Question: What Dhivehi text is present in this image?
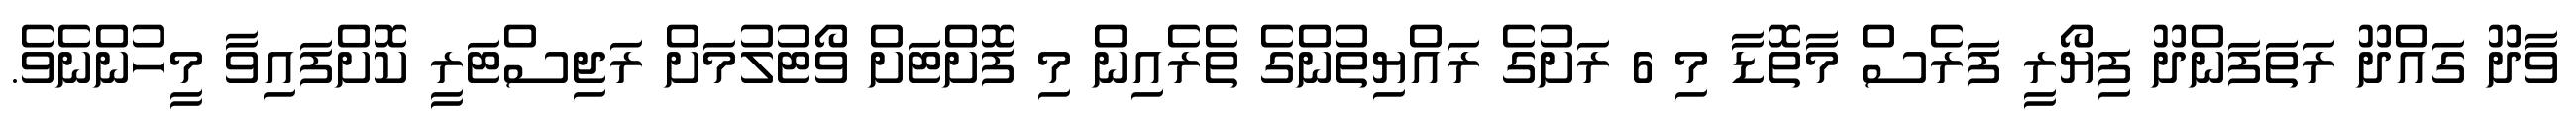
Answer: ވާދޫ ގައްދޫ ރަތަފަންދޫ ފިޔޯރީ ފަރެސް މާތޮޑާ މި 6 ރަށުގެ ރައްޔިތުންގެ ތެރެއިން މި ފޮށްޓަށް ވޯޓުލުމަށް ރަޖިސްޓަރީ ކޮށްފައިވާ މީހުންނެވެ.